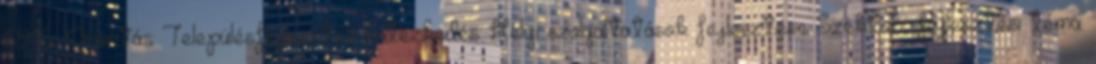
6916 Prioritás: Településfejlesztés Intézkedés: Helyi szolgáltatások fejlesztése Szektor fejlesztési téma: